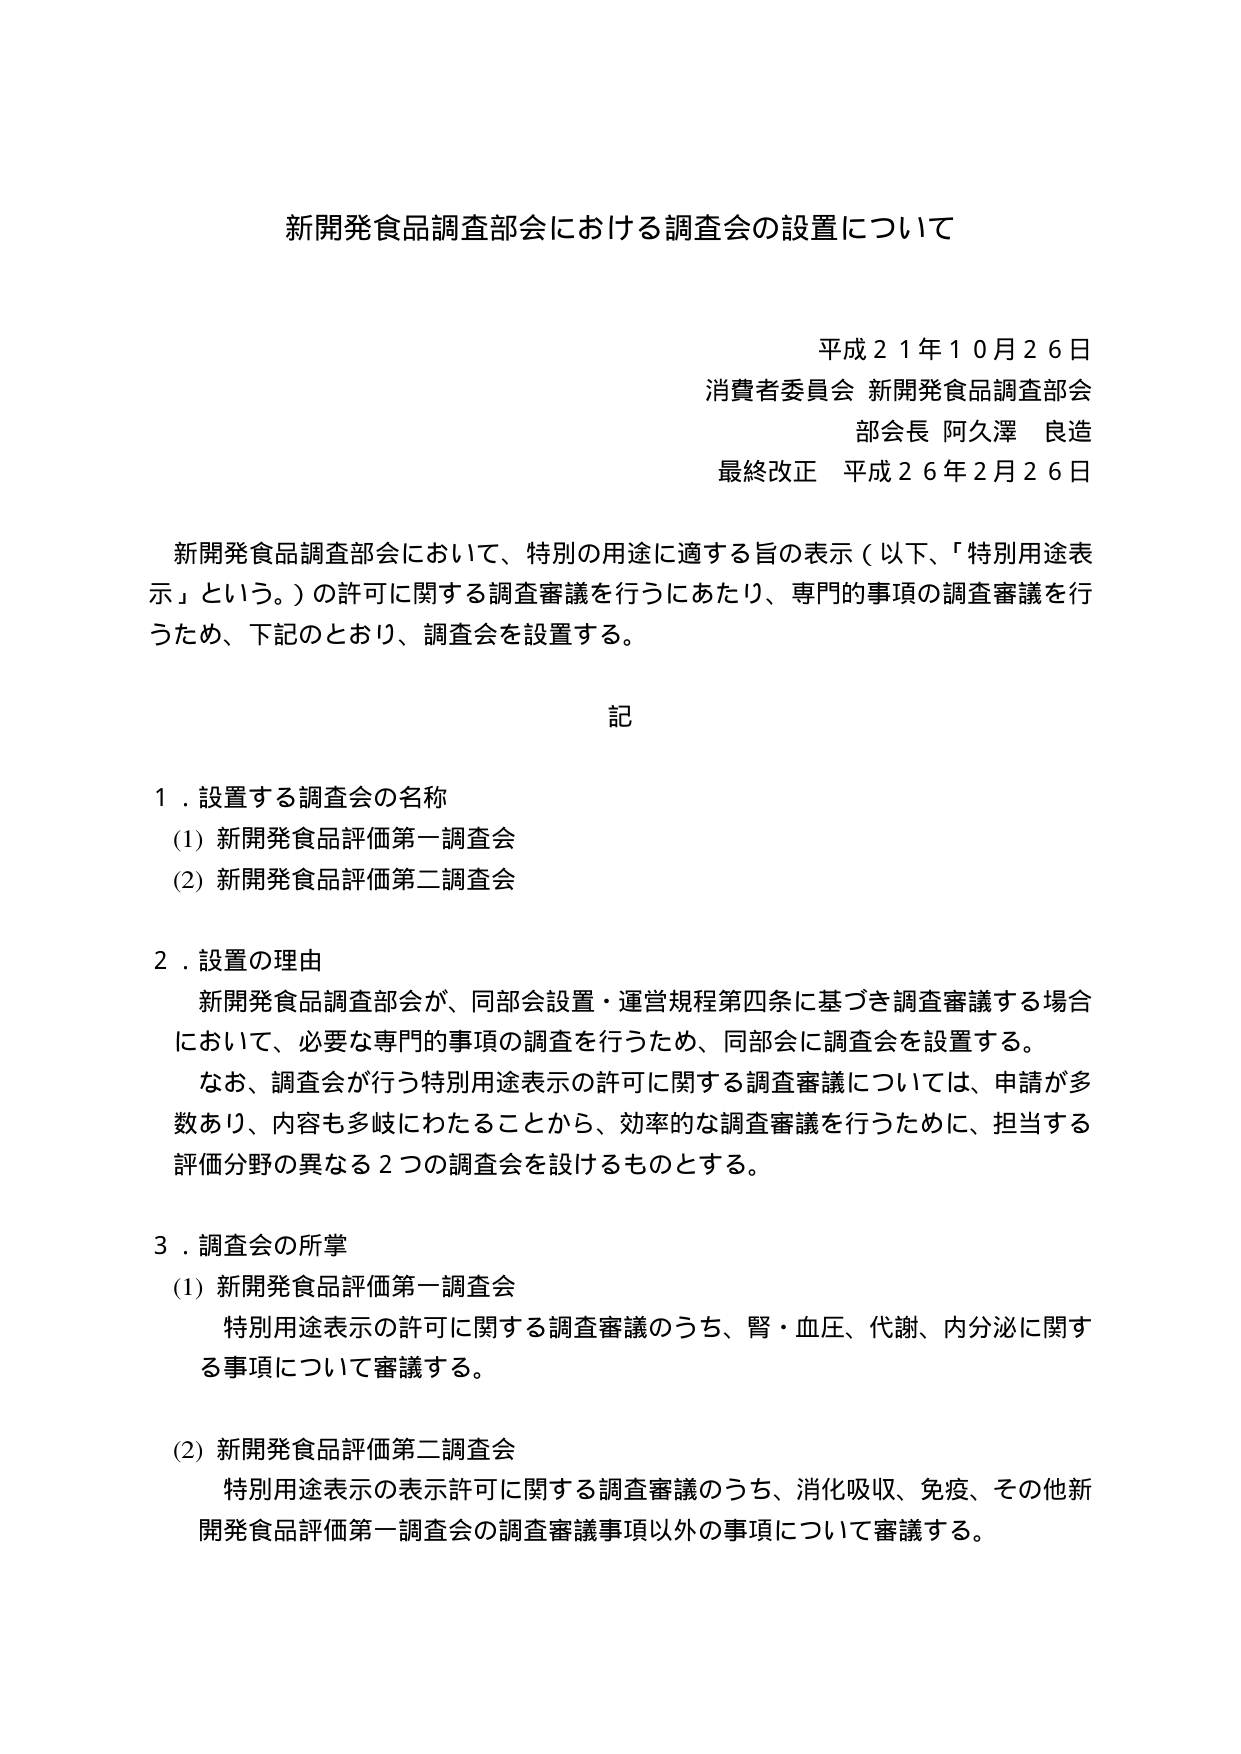
新開発食品調査部会における調査会の設置について

平成２１年１０月２６日
消費者委員会 新開発食品調査部会
部会長 阿久澤 良造
最終改正 平成２６年２月２６日

新開発食品調査部会において、特別の用途に適する旨の表示（以下、「特別用途表示」という。）の許可に関する調査審議を行うにあたり、専門的事項の調査審議を行うため、下記のとおり、調査会を設置する。

記

１．設置する調査会の名称
（1）新開発食品評価第一調査会
（2）新開発食品評価第二調査会

２．設置の理由
新開発食品調査部会が、同部会設置・運営規程第四条に基づき調査審議する場合において、必要な専門的事項の調査を行うため、同部会に調査会を設置する。
なお、調査会が行う特別用途表示の許可に関する調査審議については、申請が多数あり、内容も多岐にわたることから、効率的な調査審議を行うために、担当する評価分野の異なる２つの調査会を設けるものとする。

３．調査会の所掌
（1）新開発食品評価第一調査会
特別用途表示の許可に関する調査審議のうち、腎・血圧、代謝、内分泌に関する事項について審議する。

（2）新開発食品評価第二調査会
特別用途表示の表示許可に関する調査審議のうち、消化吸収、免疫、その他新開発食品評価第一調査会の調査審議事項以外の事項について審議する。